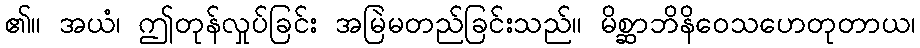
၏။ အယံ၊ ဤတုန်လှုပ်ခြင်း အမြဲမတည်ခြင်းသည်။ မိစ္ဆာဘိနိဝေသဟေတုတာယ၊